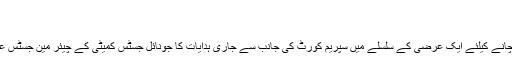
جسٹس ماگرے نے عمل آوری کا جائزہ لیا
9 اپریل 2020 (04 : 12 AM)
جموں//چلڈرن ہومز میں مقیم بچوں کو کووڈ 19 سے بچانے کیلئے ایک عرضی کے سلسلے میں سپریم کورٹ کی جانب سے جاری ہدایات کا جونائل جسٹس کمیٹی کے چیئر مین جسٹس علی محمد ماگرے نے ایک میٹنگ کے دوران جائزہ لیا ۔